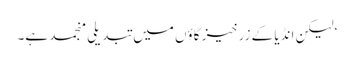
‘ لیکن انڈیا کے زرخیز گاؤں میں تبدیلی منجمد ہے۔